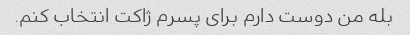
بله من دوست دارم برای پسرم ژاکت انتخاب کنم.